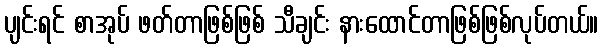
ပျင်းရင် စာအုပ် ဖတ်တာဖြစ်ဖြစ် သီချင်း နားထောင်တာဖြစ်ဖြစ်လုပ်တယ်။